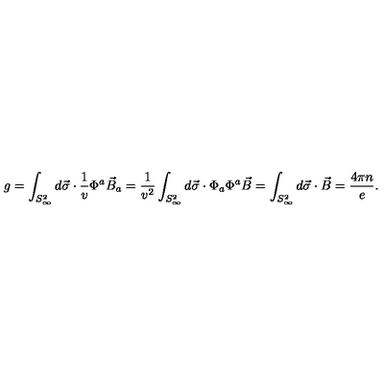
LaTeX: g = \int _ { S _ { \infty } ^ { 2 } } d \vec { \sigma } \cdot \frac { 1 } { v } \Phi ^ { a } \vec { B } _ { a } = \frac { 1 } { v ^ { 2 } } \int _ { S _ { \infty } ^ { 2 } } d \vec { \sigma } \cdot \Phi _ { a } \Phi ^ { a } \vec { B } = \int _ { S _ { \infty } ^ { 2 } } d \vec { \sigma } \cdot \vec { B } = \frac { 4 \pi n } { e } .